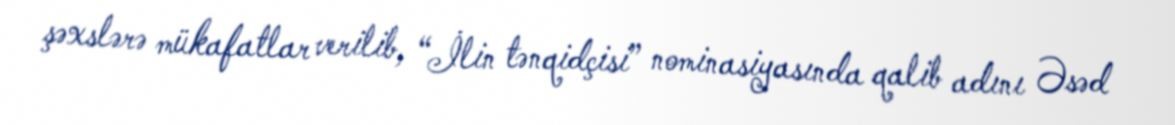
şəxslərə mükafatlar verilib, “İlin tənqidçisi” nominasiyasında qalib adını Əsəd